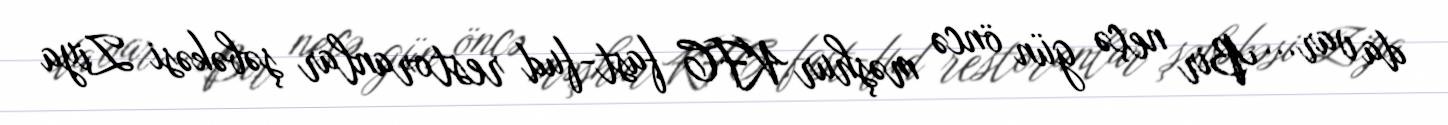
da var... Bir neçə gün öncə məşhur KFC fast-fud restoranlar şəbəkəsi Ziya